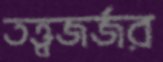
তত্ত্বজর্জর